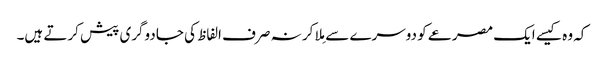
کہ وہ کیسے ایک مصرعے کو دوسرے سے مِلا کر نہ صرف الفاظ کی جادوگری پیش کرتے ہیں۔